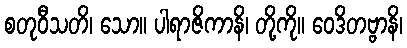
စတုဝီသတိ၊ သော။ ပါရာဇိကာနိ၊ တို့ကို။ ဝေဒိတဗ္ဗာနိ၊